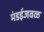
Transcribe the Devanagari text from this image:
मंडईजवळ